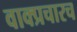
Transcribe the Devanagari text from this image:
वाक्प्रचारच